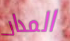
المدار